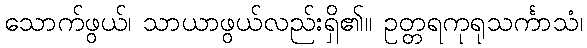
သောက်ဖွယ်၊ သာယာဖွယ်လည်းရှိ၏။ ဥတ္တရကုရုသင်္ကာသံ၊